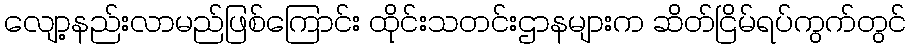
လျော့နည်းလာမည်ဖြစ်ကြောင်း ထိုင်းသတင်းဌာနများက ဆိတ်ငြိမ်ရပ်ကွက်တွင်